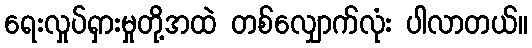
ရေးလှုပ်ရှားမှုတို့အထဲ တစ်လျှောက်လုံး ပါလာတယ်။